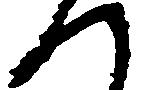
つ